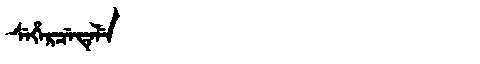
Manchu: ᠰᡝᡥᡝᡵᠴᡝᡨᡝᠯᡝ
Romanization: SEHERCETELE